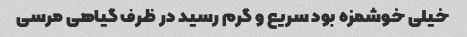
خیلی خوشمزه بود سریع و گرم رسید در ظرف گیاهی مرسی